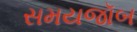
સમયજૉબ